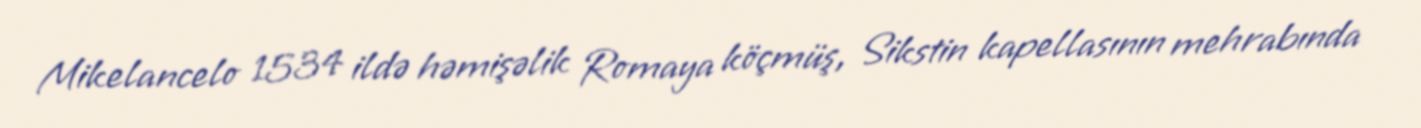
Mikelancelo 1534 ildə həmişəlik Romaya köçmüş, Sikstin kapellasının mehrabında